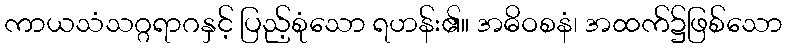
ကာယသံသဂ္ဂရာဂနှင့် ပြည့်စုံသော ရဟန်း၏။ အဓိဝစနံ၊ အထက်၌ဖြစ်သော